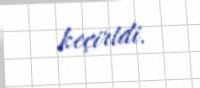
keçirtdi.